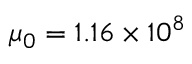
\mu _ { 0 } = 1 . 1 6 \times 1 0 ^ { 8 }